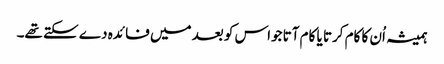
ہمیشہ اُن کا کام کرتا یا کام آتا جواس کو بعد میں فا ئدہ دے سکتے تھے۔